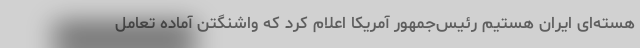
هسته‌ای ایران هستیم رئیس‌جمهور آمریکا اعلام کرد که واشنگتن آماده تعامل